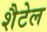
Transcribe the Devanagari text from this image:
शैटेल